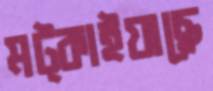
মট্‌কাইয়াছে